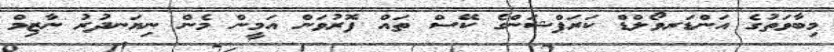
މިބާވަތުގެ އަންޑަރވޯލްޑް ކަރަޕްޝަންގެ ކޭސް ތައް ފޮރުވަން އަމީން މެން ނިޔަނދުރު ނާޒިމް